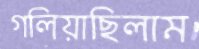
গলিয়াছিলাম